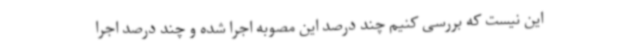
این نیست که بررسی کنیم چند درصد این مصوبه اجرا شده و چند درصد اجرا